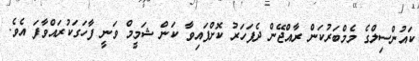
ކައުންސިލްގެ މެމްބަރުކަން ރާއްޖޭން ދެފަހަރު ކޮށްފައިވާ ކަން ޝަމީމް ވަނީ ފާހަގަކުރައްވާފަ އެވެ.